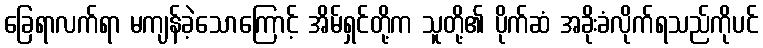
ခြေရာလက်ရာ မကျန်ခဲ့သောကြောင့် အိမ်ရှင်တို့က သူတို့၏ ပိုက်ဆံ အခိုးခံလိုက်ရသည်ကိုပင်